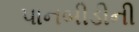
પાનબીડીની